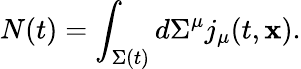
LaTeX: N(t)=\int_{\Sigma(t)}d\Sigma^{\mu}j_{\mu}(t,{\mathbf x}).